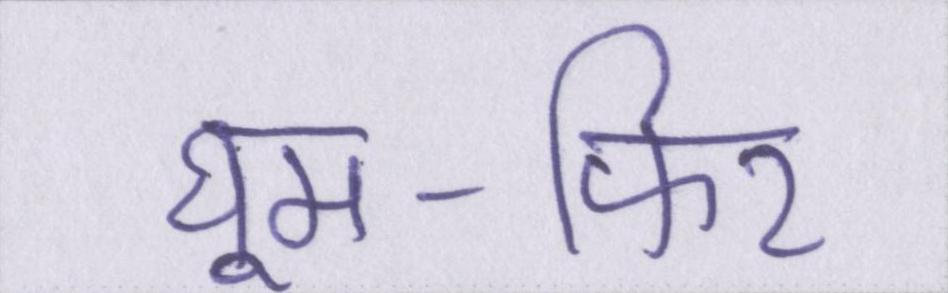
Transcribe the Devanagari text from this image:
घूम-फिर